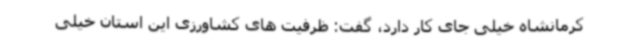
کرمانشاه خیلی جای کار دارد، گفت: ظرفیت های کشاورزی این استان خیلی